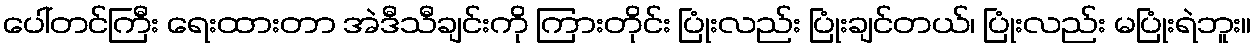
ပေါ်တင်ကြီး ရေးထားတာ အဲဒီသီချင်းကို ကြားတိုင်း ပြုံးလည်း ပြုံးချင်တယ်၊ ပြုံးလည်း မပြုံးရဲဘူး။